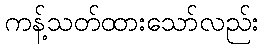
ကန့်သတ်ထားသော်လည်း